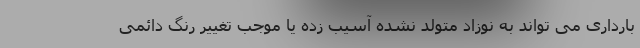
بارداری می تواند به نوزاد متولد نشده آسیب زده یا موجب تغییر رنگ دائمی